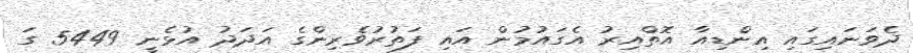
ދެވަނައިގައި އިންޑިއާ އޮތްއިރު އެގައުމުން އައި ފަތުރުވެރިންގެ އަދަދު އުޅެނީ 5449 ގަ